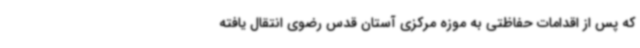
که پس از اقدامات حفاظتی به موزه مرکزی آستان قدس رضوی انتقال یافته